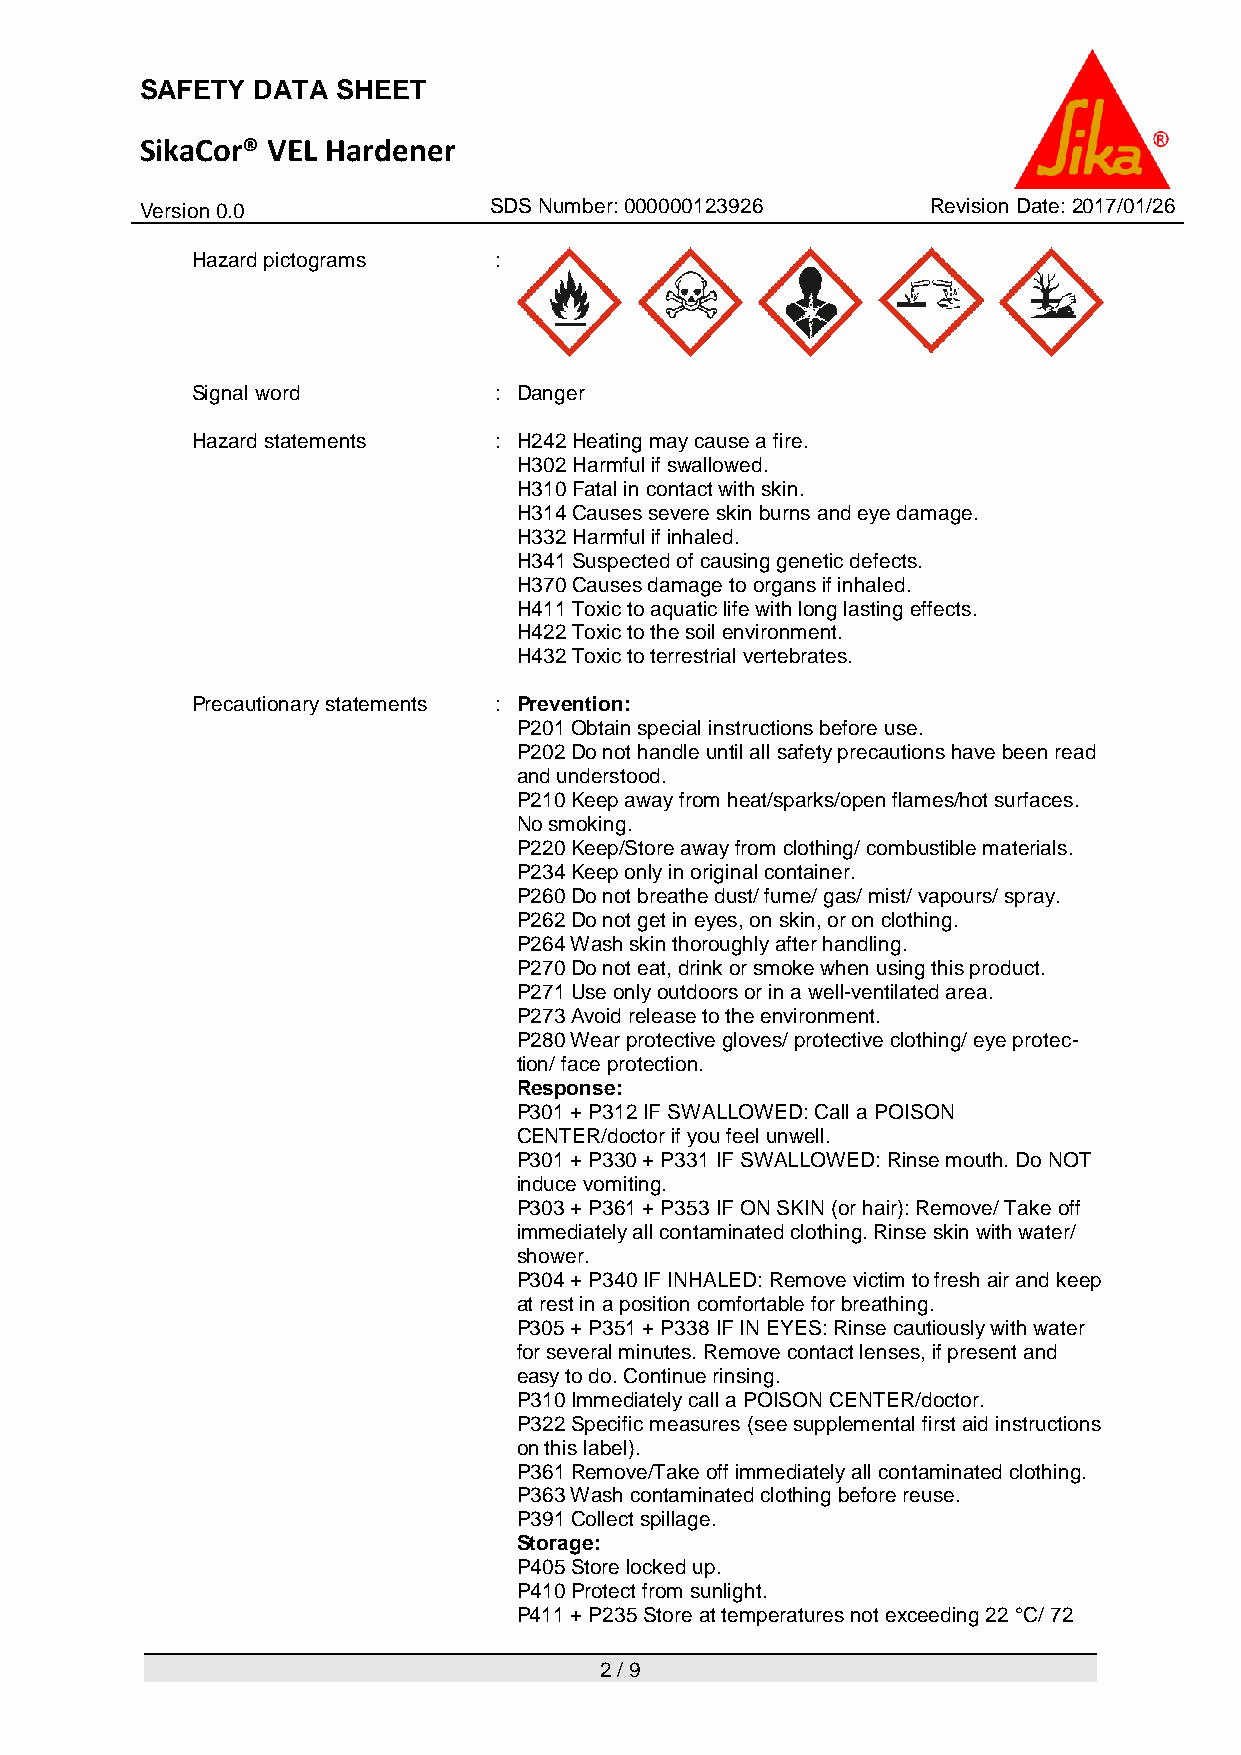
SAFETY  DATA SHEET
 SikaCor® VEL Hardener
 V ersion 0.0           SDS Number: 000000123926      Revision Date: 2017/01/26
 Hazard pictograms   :
 Signal word         : Danger
 Hazard statements   : H242 Heating may cause a fire.
 H302 Harmful if swallowed.
 H310 Fatal in contact with skin.
 H314 Causes severe skin burns and eye damage.
 H332 Harmful if inhaled.
 H341 Suspected of causing genetic defects.
 H370 Causes damage to organs if inhaled.
 H411 Toxic to aquatic life with long lasting effects.
 H422 Toxic to the soil environment.
 H432 Toxic to terrestrial vertebrates.
 Precautionary statements : Prevention:
 P201 Obtain special instructions before use.
 P202 Do not handle until all safety precautions have been read
 and understood.
 P210 Keep away from heat/sparks/open flames/hot surfaces.
 No smoking.
 P220 Keep/Store away from clothing/ combustible materials.
 P234 Keep only in original container.
 P260 Do not breathe dust/ fume/ gas/ mist/ vapours/ spray.
 P262 Do not get in eyes, on skin, or on clothing.
 P264 Wash skin thoroughly after handling.
 P270 Do not eat, drink or smoke when using this product.
 P271 Use only outdoors or in a well-ventilated area.
 P273 Avoid release to the environment.
 P280 Wear protective gloves/ protective clothing/ eye protec-
 tion/ face protection.
 Response:
 P301 + P312 IF SWALLOWED: Call a POISON
 CENTER/doctor if you feel unwell.
 P301 + P330 + P331 IF SWALLOWED: Rinse mouth. Do NOT
 induce vomiting.
 P303 + P361 + P353 IF ON SKIN (or hair): Remove/ Take off
 immediately all contaminated clothing. Rinse skin with water/
 shower.
 P304 + P340 IF INHALED: Remove victim to fresh air and keep
 at rest in a position comfortable for breathing.
 P305 + P351 + P338 IF IN EYES: Rinse cautiously with water
 for several minutes. Remove contact lenses, if present and
 easy to do. Continue rinsing.
 P310 Immediately call a POISON CENTER/doctor.
 P322 Specific measures (see supplemental first aid instructions
 on this label).
 P361 Remove/Take off immediately all contaminated clothing.
 P363 Wash contaminated clothing before reuse.
 P391 Collect spillage.
 Storage:
 P405 Store locked up.
 P410 Protect from sunlight.
 P411 + P235 Store at temperatures not exceeding 22 °C/ 72
 2 / 9